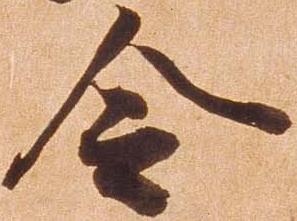
令